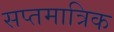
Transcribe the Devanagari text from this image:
सप्तमात्रिक